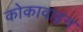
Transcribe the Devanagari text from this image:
कोकावाइन